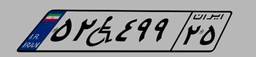
۲۷W۵۳۳۴۴